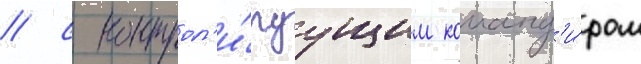
/ с контрол'и́руущим команд'и́ром